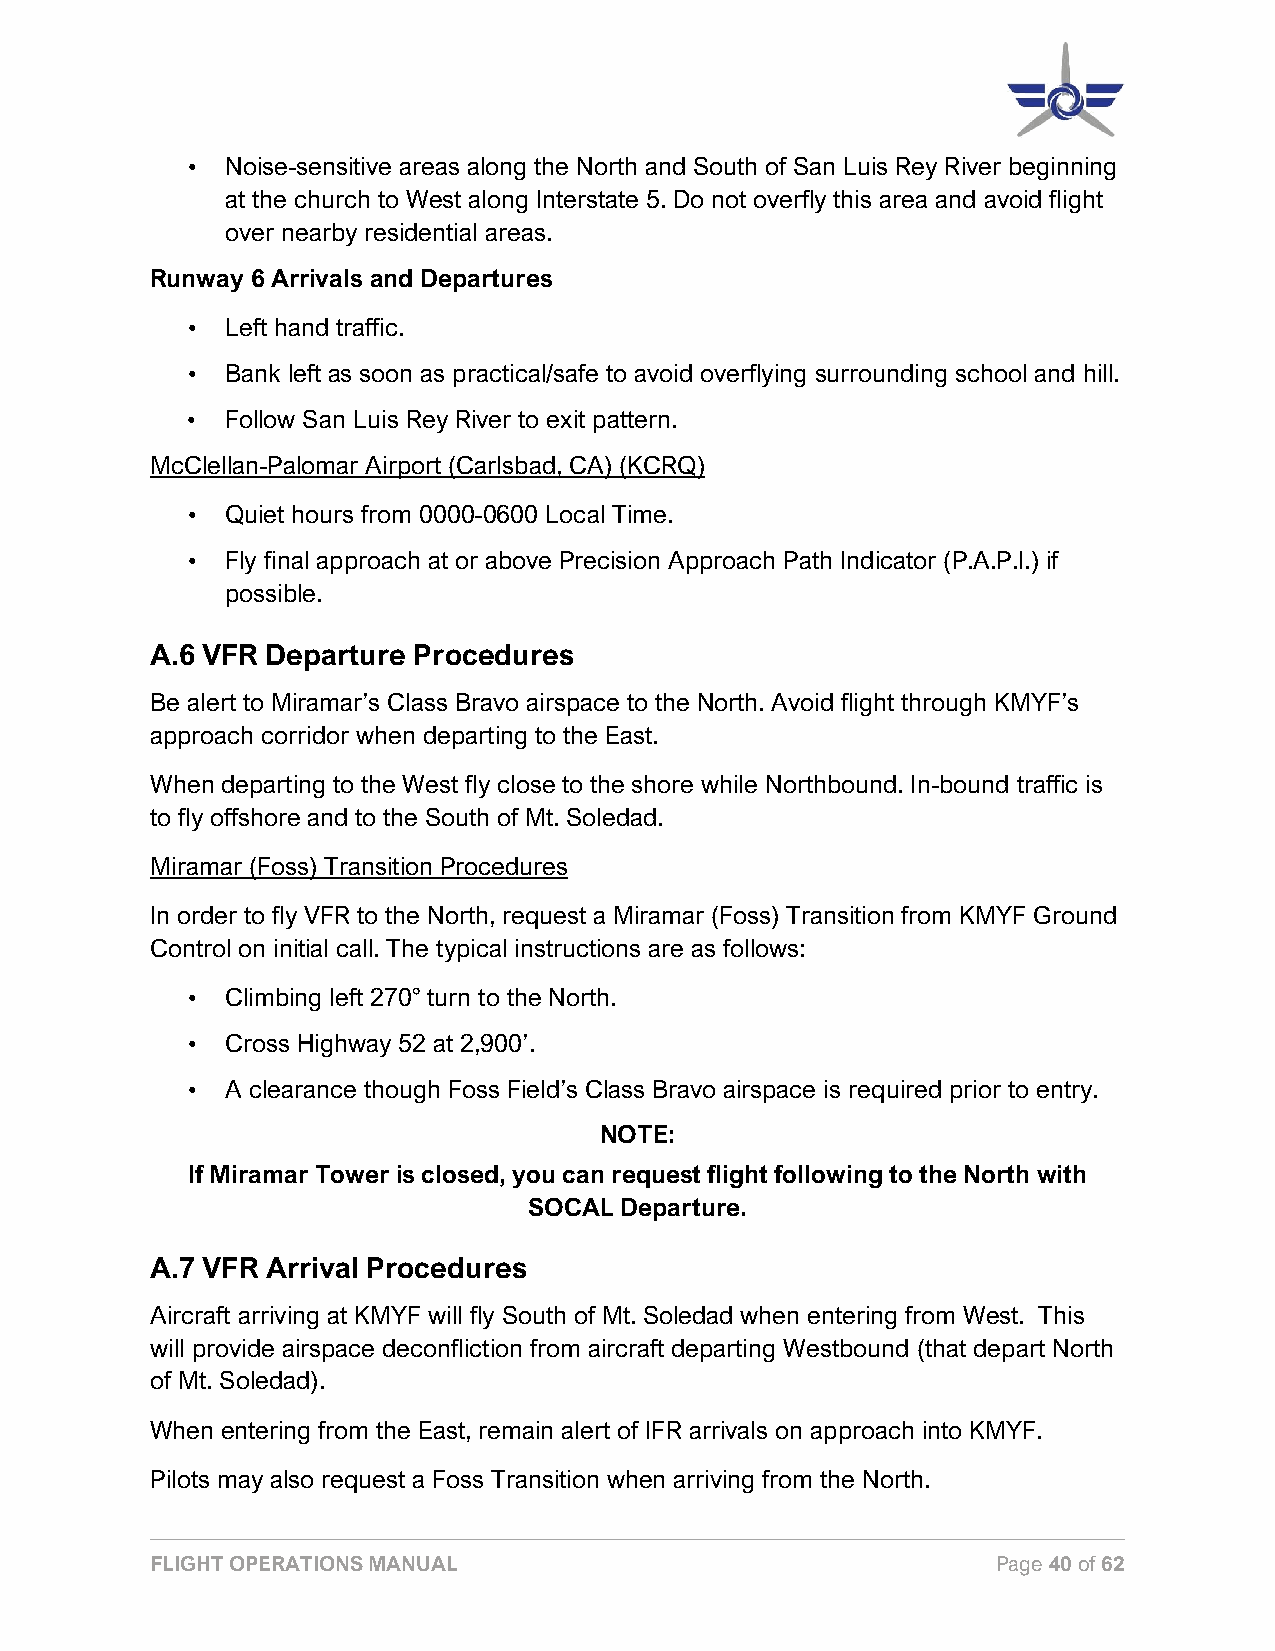
•  Noise-sensitive areas along the North and South of San Luis Rey River beginning
 at the church to West along Interstate 5. Do not overfly this area and avoid flight
 over nearby residential areas.
 Runway 6 Arrivals and Departures
 •  Left hand traffic.
 •  Bank left as soon as practical/safe to avoid overflying surrounding school and hill.
 •  Follow San Luis Rey River to exit pattern.
 McClellan-Palomar Airport (Carlsbad, CA) (KCRQ)
 •  Quiet hours from 0000-0600 Local Time.
 •  Fly final approach at or above Precision Approach Path Indicator (P.A.P.I.) if
 possible.
 A.6 VFR Departure Procedures
 Be alert to Miramar’s Class Bravo airspace to the North. Avoid flight through KMYF’s
 approach corridor when departing to the East.
 When departing to the West fly close to the shore while Northbound. In-bound traffic is
 to fly offshore and to the South of Mt. Soledad.
 Miramar (Foss) Transition Procedures
 In order to fly VFR to the North, request a Miramar (Foss) Transition from KMYF Ground
 Control on initial call. The typical instructions are as follows:
 •  Climbing left 270° turn to the North.
 •  Cross Highway 52 at 2,900’.
 •  A clearance though Foss Field’s Class Bravo airspace is required prior to entry.
 NOTE:
 If Miramar Tower is closed, you can request flight following to the North with
 SOCAL Departure.
 A.7 VFR Arrival Procedures
 Aircraft arriving at KMYF will fly South of Mt. Soledad when entering from West. This
 will provide airspace deconfliction from aircraft departing Westbound (that depart North
 of Mt. Soledad).
 When entering from the East, remain alert of IFR arrivals on approach into KMYF.
 Pilots may also request a Foss Transition when arriving from the North.
 FLIGHT OPERATIONS MANUAL                                Page 40 of 62